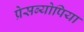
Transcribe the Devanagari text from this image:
प्रेसब्योपिया